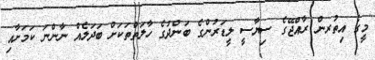
މީގެ އިތުުރން ރާއްޖޭގެ ސިޔާސީ ލީޑަރުންގެ ބަންދުގެ ހާލަތްތަކަށް ބަދަލެއް ނާންނަ ކަމަށާއި